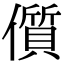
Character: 儨